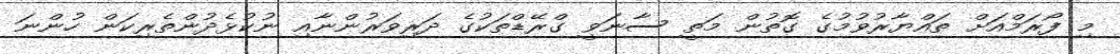
މި ފޯރަމްއަށް ތައްޔާރުވުމުގެ ގޮތުން މަތީ ސާނަވީ ގްރޭޑްތަކުގެ ދަރިވަރުންނާއި ނުކުޅެދުންތެރިކަން ހުންނަ